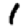
Digit: 1